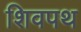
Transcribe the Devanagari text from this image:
शिवपथ